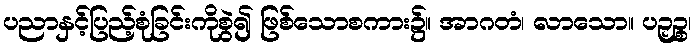
ပညာနှင့်ပြည့်စုံခြင်းကိုစွဲ၍ ဖြစ်သောစကား၌။ အာဂတံ၊ လာသော။ ပဉှဉ္စ၊